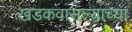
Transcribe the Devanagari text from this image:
खडकवासल्याच्या